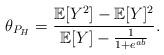
LaTeX: \begin{align*} \theta_{P_H} = \frac{\mathbb{E}[Y^2]-\mathbb{E}[Y]^2}{\mathbb{E}[Y]-\frac{1}{1+e^{ab}}}.\end{align*}